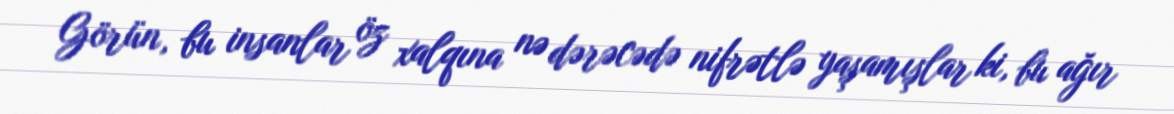
Görün, bu insanlar öz xalqına nə dərəcədə nifrətlə yaşamışlar ki, bu ağır